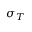
\sigma _ { T }